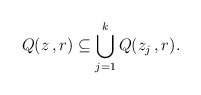
\begin{align*}Q(z\,,r) \subseteq \bigcup_{j=1}^k Q(z_j\,,r).\end{align*}